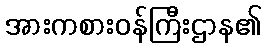
အားကစားဝန်ကြီးဌာန၏